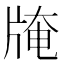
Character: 𤗎